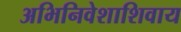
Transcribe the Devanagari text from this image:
अभिनिवेशाशिवाय